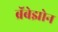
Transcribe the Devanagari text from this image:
ब्रॅबेझोन